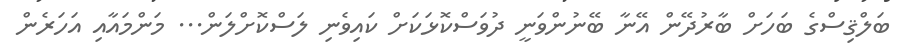
ބަލްޤިސްގެ ބަހަށް ބާރުދޭން އޭނާ ބޭނުންވަނީ ދުވަސްކޮޅަކަށް ކައިވެނި ލަސްކޮށްލަން... މަންމައާއި އަހަރެން